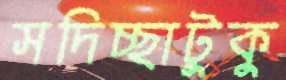
সদিচ্ছাটুকু